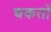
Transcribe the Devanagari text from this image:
चकतों